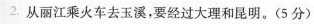
2.从丽江乘火车去玉溪，要经过大理和昆明。(5分)